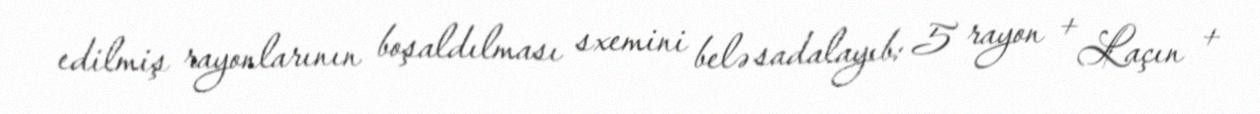
edilmiş rayonlarının boşaldılması sxemini belə sadalayıb: 5 rayon + Laçın +